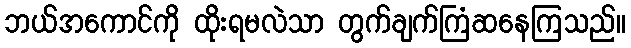
ဘယ်အကောင်ကို ထိုးရမလဲသာ တွက်ချက်ကြံဆနေကြသည်။